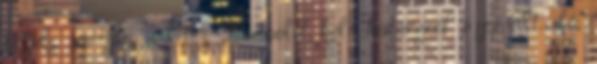
északi partján a vitéz Luitpold kele határgróf nyomult elő;